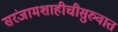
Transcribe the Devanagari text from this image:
सरंजामशाहीचीसुरुवात